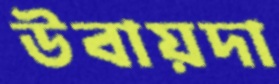
উবায়দা